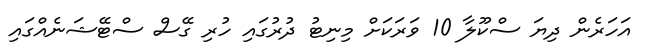
އަހަރެން ދިޔަ ސްކޫލާ 10 ވަރަކަށް މިނިޓު ދުރުގައި ހުރި ގޭސް ސްޓޭޝަނެއްގައި